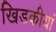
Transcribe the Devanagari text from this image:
खिडकीयां